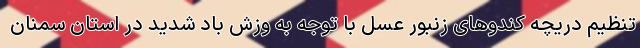
تنظیم دریچه کندوهای زنبور عسل با توجه به وزش باد شدید در استان سمنان